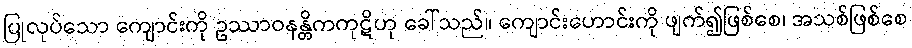
ပြုလုပ်သော ကျောင်းကို ဥဿာဝနန္တိကကုဋိဟု ခေါ်သည်။ ကျောင်းဟောင်းကို ဖျက်၍ဖြစ်စေ၊ အသစ်ဖြစ်စေ